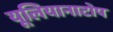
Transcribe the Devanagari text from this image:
यूलियानाटोप